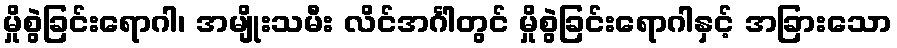
မှိုစွဲခြင်းရောဂါ၊ အမျိုးသမီး လိင်အင်္ဂါတွင် မှိုစွဲခြင်းရောဂါနှင့် အခြားသော